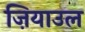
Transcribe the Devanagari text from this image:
ज़ियाउल